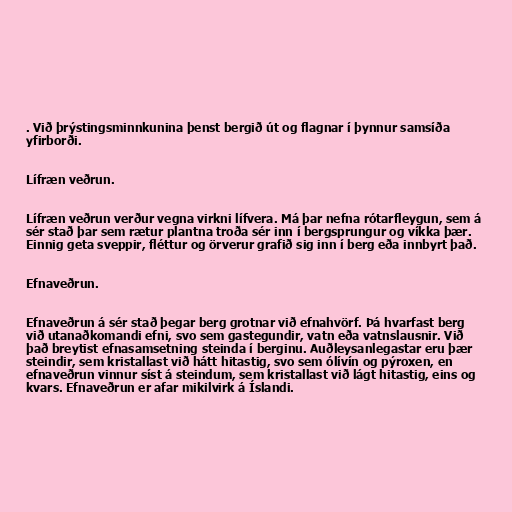
. Við þrýstingsminnkunina þenst bergið út og flagnar í þynnur samsíða
yfirborði.

Lífræn veðrun.

Lífræn veðrun verður vegna virkni lífvera. Má þar nefna rótarfleygun, sem á
sér stað þar sem rætur plantna troða sér inn í bergsprungur og víkka þær.
Einnig geta sveppir, fléttur og örverur grafið sig inn í berg eða innbyrt það.

Efnaveðrun.

Efnaveðrun á sér stað þegar berg grotnar við efnahvörf. Þá hvarfast berg
við utanaðkomandi efni, svo sem gastegundir, vatn eða vatnslausnir. Við
það breytist efnasamsetning steinda í berginu. Auðleysanlegastar eru þær
steindir, sem kristallast við hátt hitastig, svo sem ólívín og pýroxen, en
efnaveðrun vinnur síst á steindum, sem kristallast við lágt hitastig, eins og
kvars. Efnaveðrun er afar mikilvirk á Íslandi.